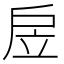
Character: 𢨶